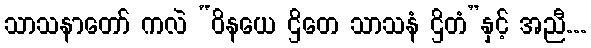
သာသနာတော် ကလဲ “ဝိနယေ ဌိတေ သာသနံ ဌိတံ”နှင့် အညီ...